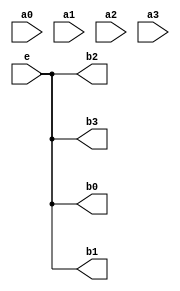
`timescale 1ns/1ps
module bcd_gray (a0,a1,a2,a3,b0,b1,b2,b3,e);
	input a0,a1,a2,a3,e;
	output b0,b1,b2,b3;
	wire c0,c1,c2,c3;
	assign b0 = e;
	assign b1 = e;
	assign b2 = e;
	assign b3 = e;
endmodule